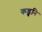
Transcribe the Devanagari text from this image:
कडुनि